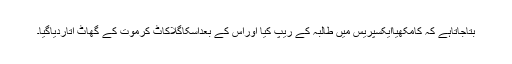
بتاجاتاہے کہ کامکھیاایکسپریس میں طالبہ کے ریپ کیا اوراس کے بعداسکاگلاکاٹ کرموت کے گھاٹ اتاردیاگیا۔